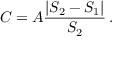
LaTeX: C = A { \frac { | S _ { 2 } - S _ { 1 } | } { S _ { 2 } } } \, .